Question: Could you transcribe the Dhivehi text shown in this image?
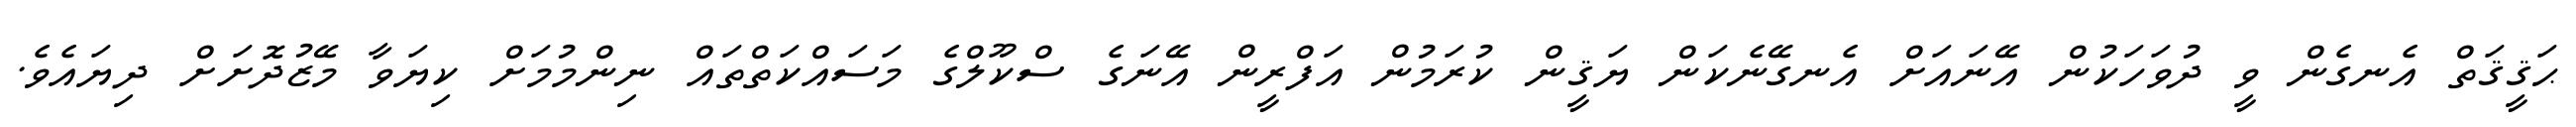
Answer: ޙަޤީޤަތް އެނގެން ވީ ދުވަހަކުން އޭނައަށް އެނގޭނެކަން ޔަޤީން ކުރަމުން އަފްރީން އޭނަގެ ސްކޫލްގެ މަސައްކަތްތައް ނިންމުމަށް ކިޔަވާ މޭޒުދޮށަށް ދިޔައެވެ.